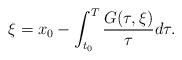
LaTeX: \begin{align*} \xi= x_0- \int_{t_0}^T \frac{G(\tau,\xi)}{\tau}d\tau.\end{align*}